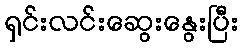
ရှင်းလင်းဆွေးနွေးပြီး